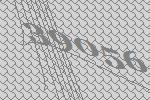
39056